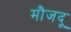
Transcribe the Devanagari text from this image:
मौजदू